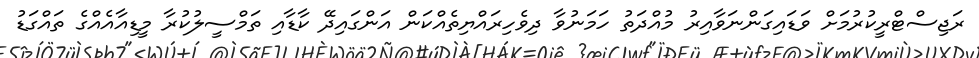
ރަޖިސްޓްރީކުރުމަށް ވަޑައިގަންނަވާއިރު މުއްދަތު ހަމަނުވާ ދިވެހިރައްޔިތެއްކަން އަންގައިދޭ ކާޑާއި ތަމްސީލުކުރާ މީޑިއާއެއްގެ ތައްގަޑު